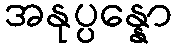
အနုပ္ပန္နော